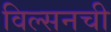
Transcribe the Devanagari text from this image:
विल्सनची